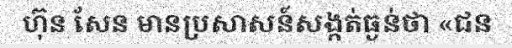
ហ៊ុន សែន មានប្រសាសន៍សង្កត់ធ្ងន់ថា «ជន